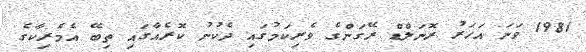
1981 ވަނަ އަހަރު ރޮނަލްޑް ރޭގަންގެ ވެރިކަމުގައި ދެކުނު ކޮރެއާގައި ތިބޭ އެމެރިކާގެ